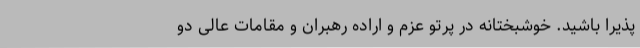
پذیرا باشید. خوشبختانه در پرتو عزم و اراده رهبران و مقامات عالی دو